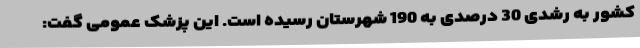
کشور به رشدی 30 درصدی به 190 شهرستان رسیده است. این پزشک عمومی گفت: